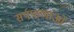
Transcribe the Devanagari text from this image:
सर्पफणाओं